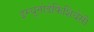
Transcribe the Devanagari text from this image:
इम्यूनोडेफिशियेंसी